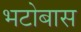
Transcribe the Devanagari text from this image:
भटोबास